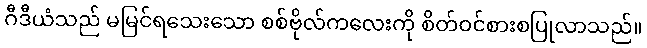
ဂီဒီယံသည် မမြင်ရသေးသော စစ်ဗိုလ်ကလေးကို စိတ်ဝင်စားစပြုလာသည်။